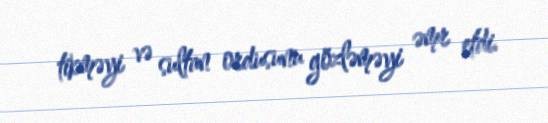
tikməyi və sultan ordusunu gözləməyi əmr etdi.